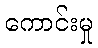
ကောင်းမှု